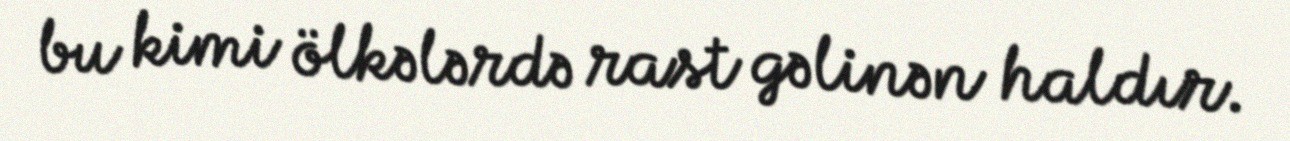
bu kimi ölkələrdə rast gəlinən haldır.